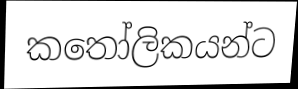
කතෝලිකයන්ට